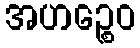
အဟဉ္စေဝ